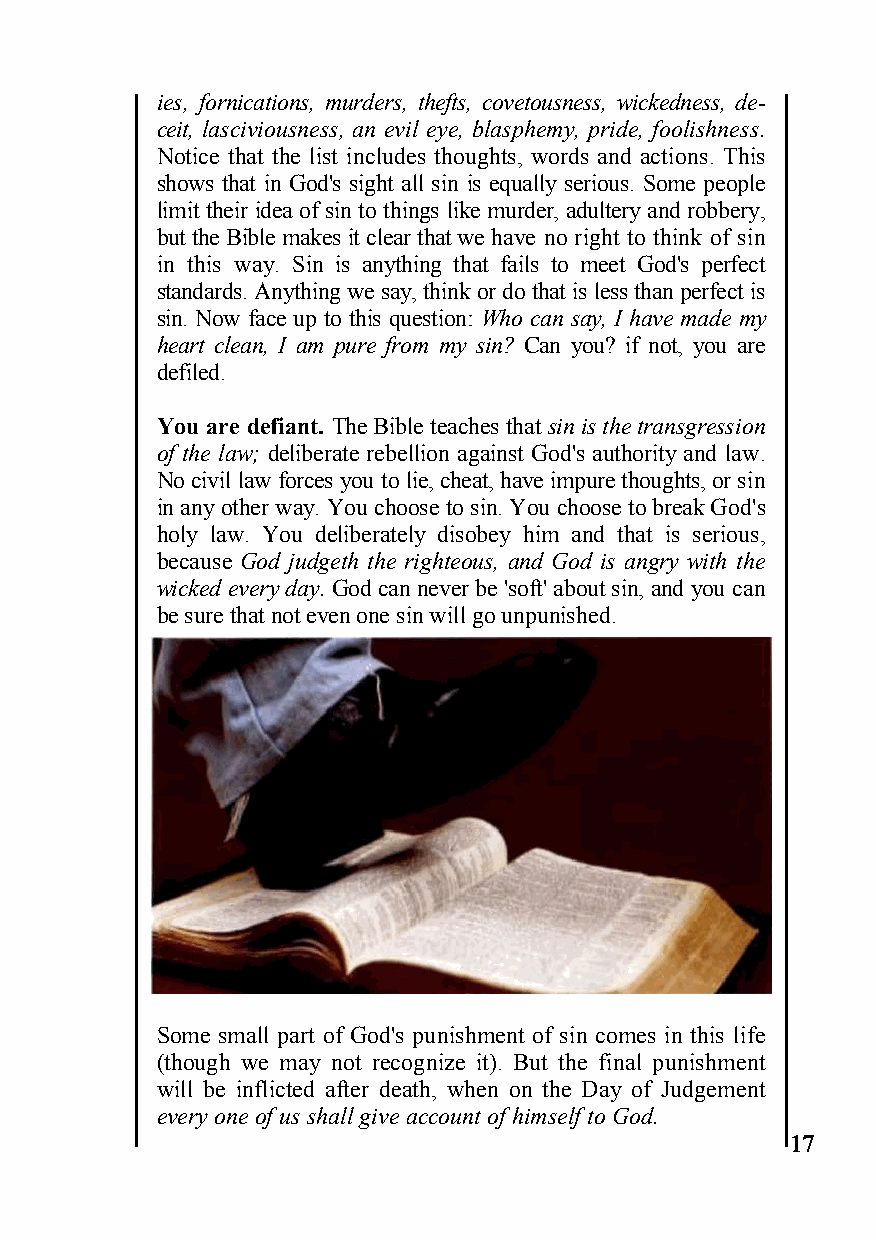
ies, fornications, murders, thefts, covetousness, wickedness, de-
 ceit, lasciviousness, an evil eye, blasphemy, pride, foolishness.
 Notice that the list includes thoughts, words and actions. This
 shows that in God's sight all sin is equally serious. Some people
 limit their idea of sin to things like murder, adultery and robbery,
 but the Bible makes it clear that we have no right to think of sin
 in this way. Sin is anything that fails to meet God's perfect
 standards. Anything we say, think or do that is less than perfect is
 sin. Now face up to this question: Who can say, I have made my
 heart clean, I am pure from my sin? Can you? if not, you are
 defiled.
 You are defiant. The Bible teaches that sin is the transgression
 of the law; deliberate rebellion against God's authority and law.
 No civil law forces you to lie, cheat, have impure thoughts, or sin
 in any other way. You choose to sin. You choose to break God's
 holy law. You deliberately disobey him and that is serious,
 because God judgeth the righteous, and God is angry with the
 wicked every day. God can never be 'soft' about sin, and you can
 be sure that not even one sin will go unpunished.
 Some small part of God's punishment of sin comes in this life
 (though we may not recognize it). But the final punishment
 will be inflicted after death, when on the Day of Judgement
 every one of us shall give account of himself to God.
 17